V__Kingissepa_nim__kolhoos, lk 30
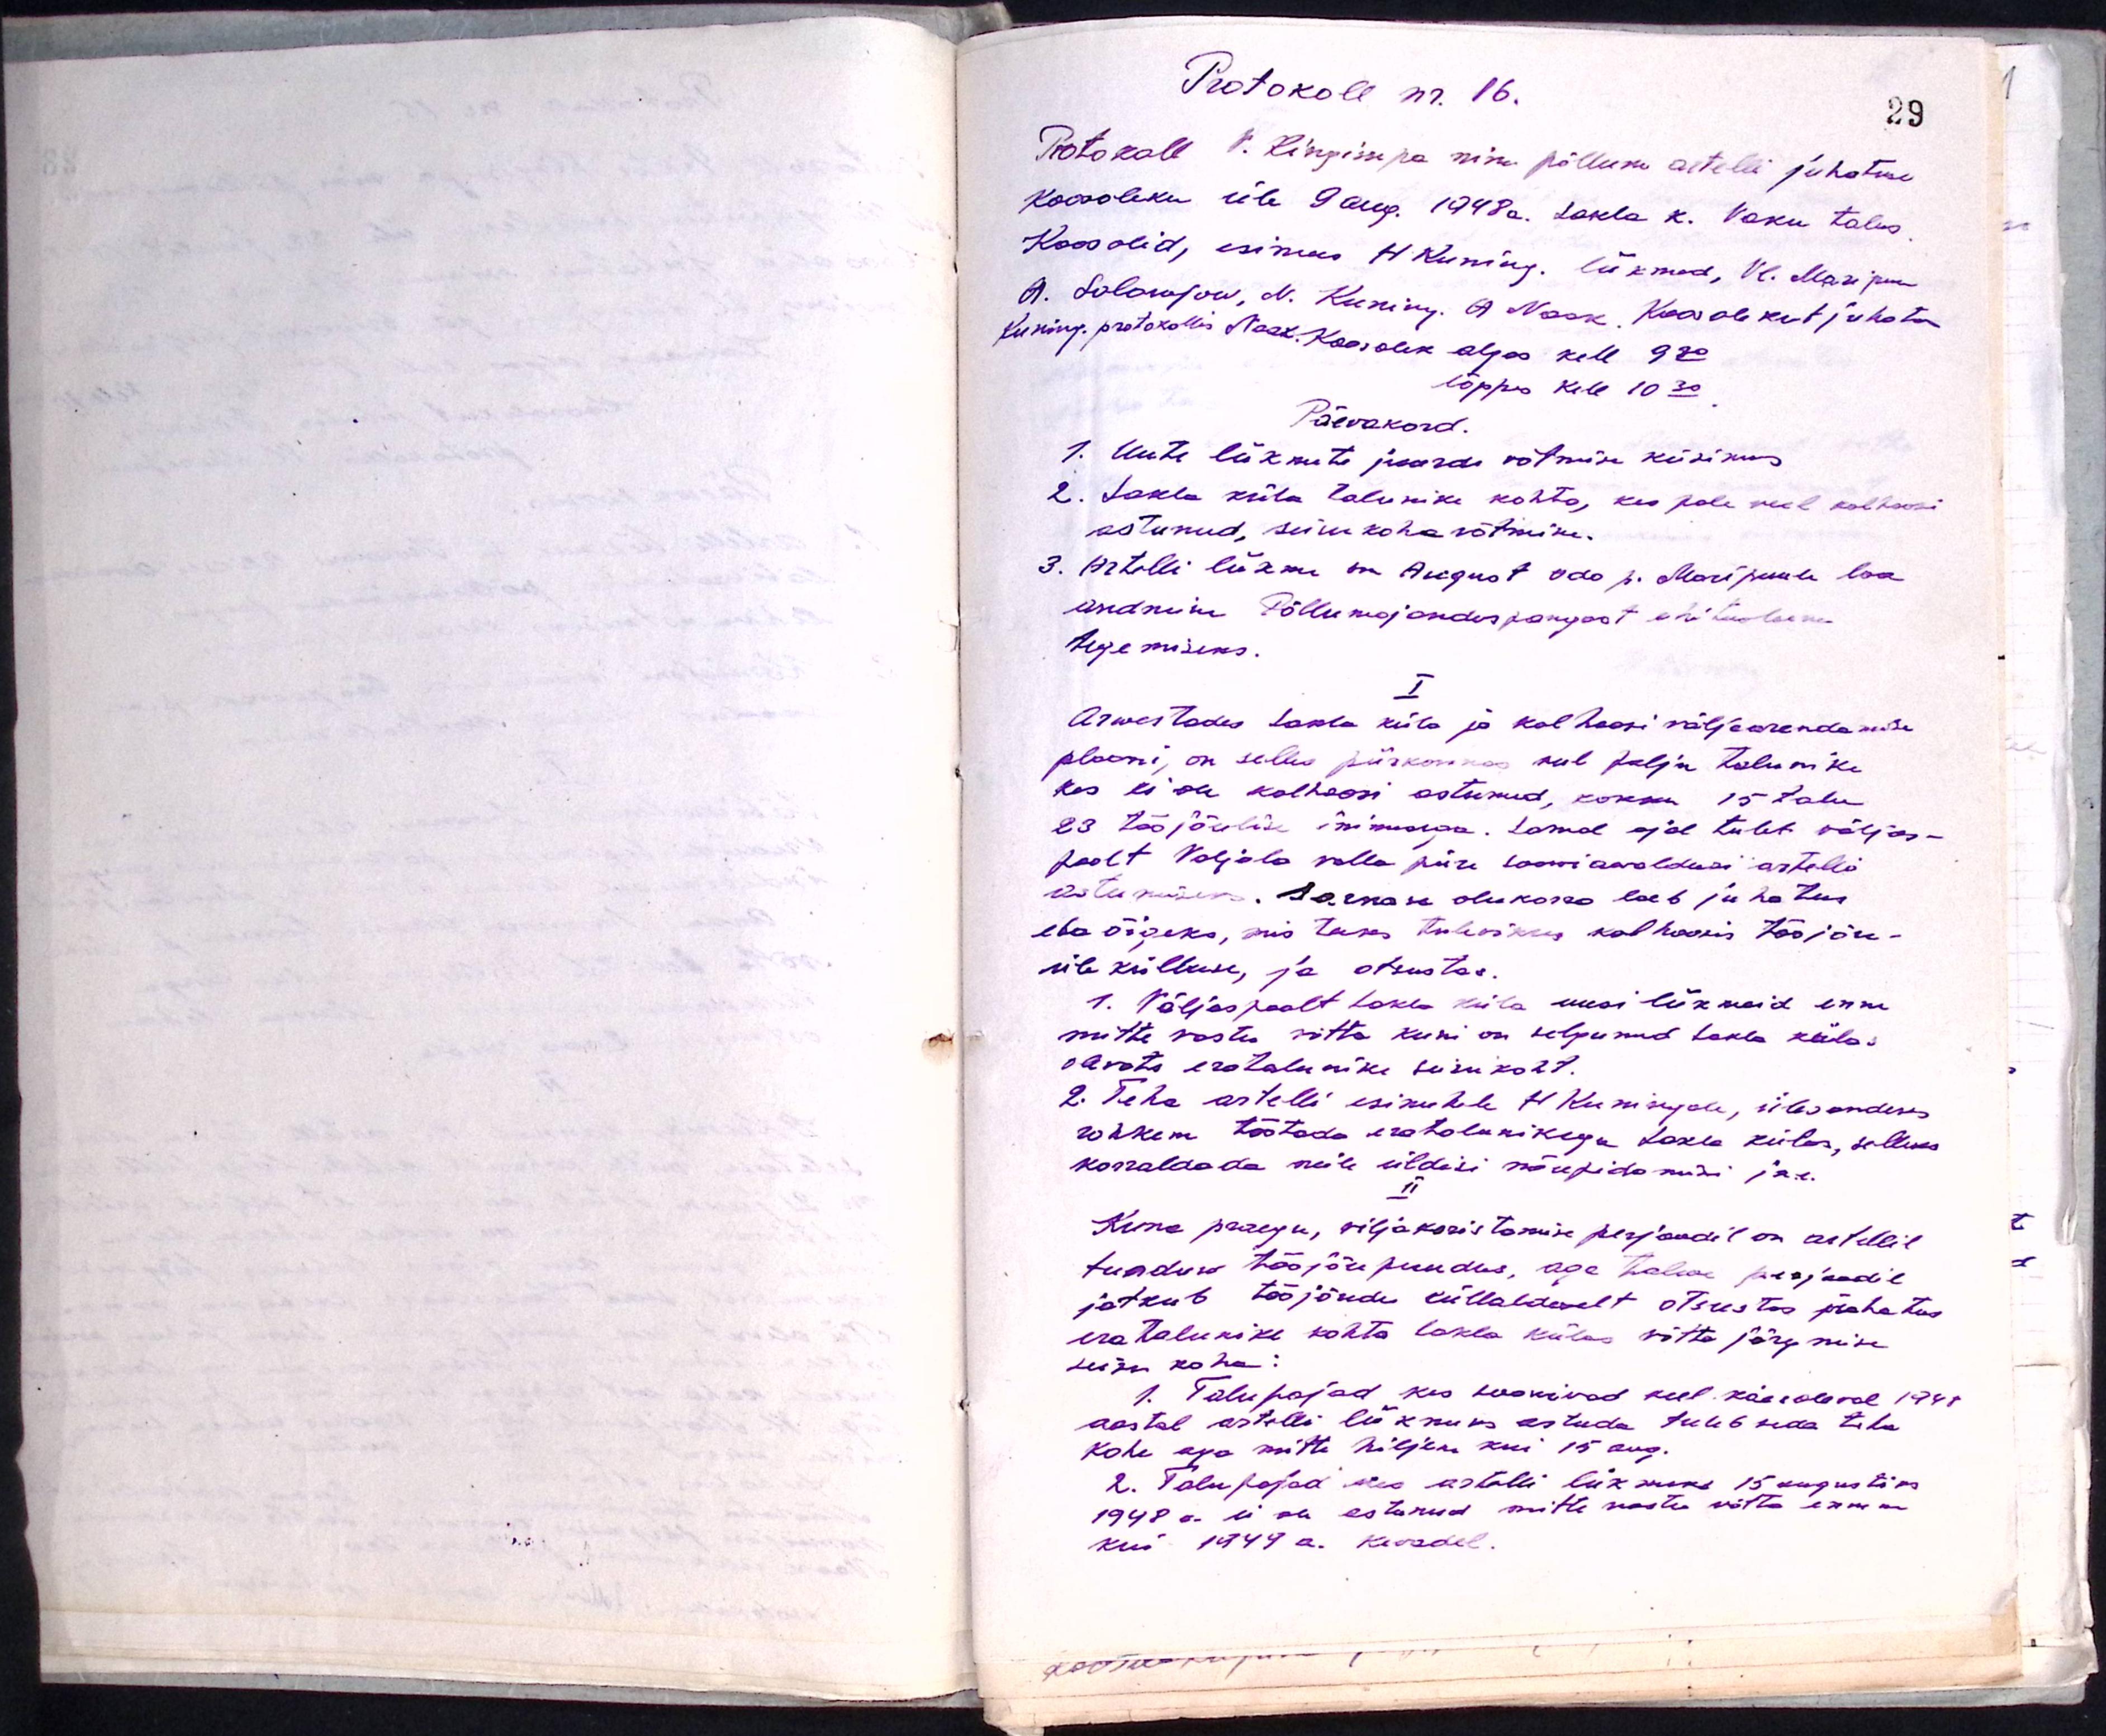
Protokoll nr. 16.
Protokoll V. Kingisepa nim põllum artelli juhatuse
koosoleku üle 9 aug. 1948a. Sakla k. Vaku talus
Koos olid, esimees H Kuning liikmed, Vl. Maripuu
A. Solowjow, N. Kuning. A. Naak, Koosolekut juhatas
Kuning. protokollis Naak. Koosolek algas kell 9.30
lõppes kell 10.30
Päevakord.
1. Uute liikmete juurde võtmise küsimus
2. Sakla küla talunike kohta, kes pole veel kolhoosi
astunud, seisukoha võtmine
3. Artelli liikme sm August Ado p. Maripuule loa
andmine Põllumajanduspangast ehituslaenu
tegemiseks.
I
Arwestades Sakla küla ja kolhoosi väljaarendamise
plaani, on selles piirkonnas veel palju talunike
kes ei ole kolhoosi astunud, kokku 15 talu
23 tööjõulise inimesega. Samal ajal tuleb väljas-
poolt Valjala valla piire soowiavaldusi artetlli
astumiseks. Sarnase olukorra loeb juhatus
ebaõigeks, mis teeks tulevikus kolhoosis tööjõu-
ülekülluse, ja otsustas.
1. Väljaspoolt Sakla küla uusi liikmeid enne
mitte vastu võtta kuni on selgunud Sakla külas
arvata eratalunike seisukoht.
2. Teha artelli esimehele H. Kuningale, ülesandeks
rohkem töötada eratalunikega Sakla külas, selleks
korraldada neile üldisi nõupidamisi jne.
II
Kuna praegu, viljakoristamise perioodil on artellil
tunduw tööjõu puudus, aga talwe perjoodil
jatkub tööjõudu küllaldavalt otsustas juhatus
eratalunike kohta Sakla külas võtta järgmise
seisu koha:
1. Talupojad kes soovivad veel käesoleval 1948
aastal artelli liikmeks astuda tuleb seda teha
Kohe aga mitte hiljem kui 15 aug.
2. Talupojad kes artelli liikmeks 15 augustiks
1948 a. ei ole astunud mitte vastu võtta ennem
kui 1949 a. kevadel.